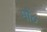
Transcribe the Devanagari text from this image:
मौं०